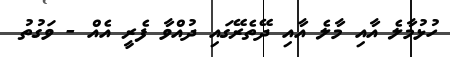
ހުޅުމާލެ އާއި މާލެ އާއި ދޭތެރޭގައި ދުއްވާ ފެރީ އެއް - ވަގުތު